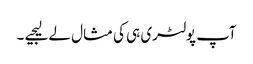
آپ پولٹری ہی کی مثال لے لیجیے ۔